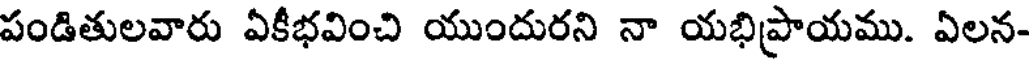
పండితులవారు ఏకీభవించి యుందురని నా యభిప్రాయము. ఏలన-